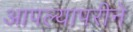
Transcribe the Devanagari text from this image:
आपल्यापरीने